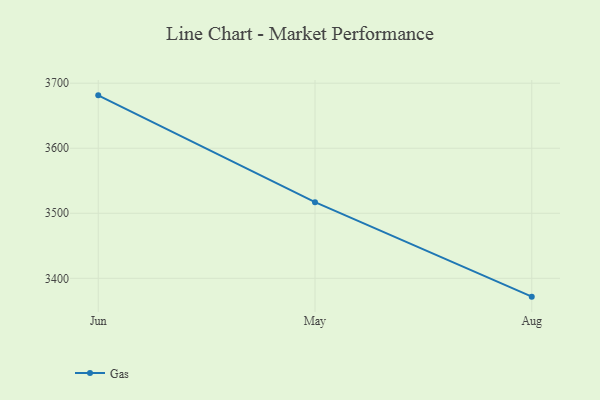
{"axis": {"x": "Month", "y": "Demand Index"}, "legend": ["Gas"], "data": [{"x": "Jun", "y": 3681.3, "type": "Gas"}, {"x": "May", "y": 3517.0, "type": "Gas"}, {"x": "Aug", "y": 3371.8, "type": "Gas"}]}